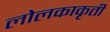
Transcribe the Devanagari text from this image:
लोलकाकृती